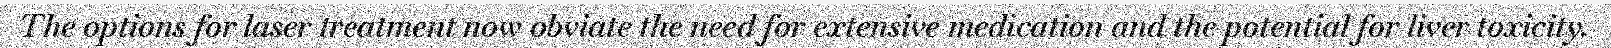
The options for laser treatment now obviate the need for extensive medication and the potential for liver toxicity.